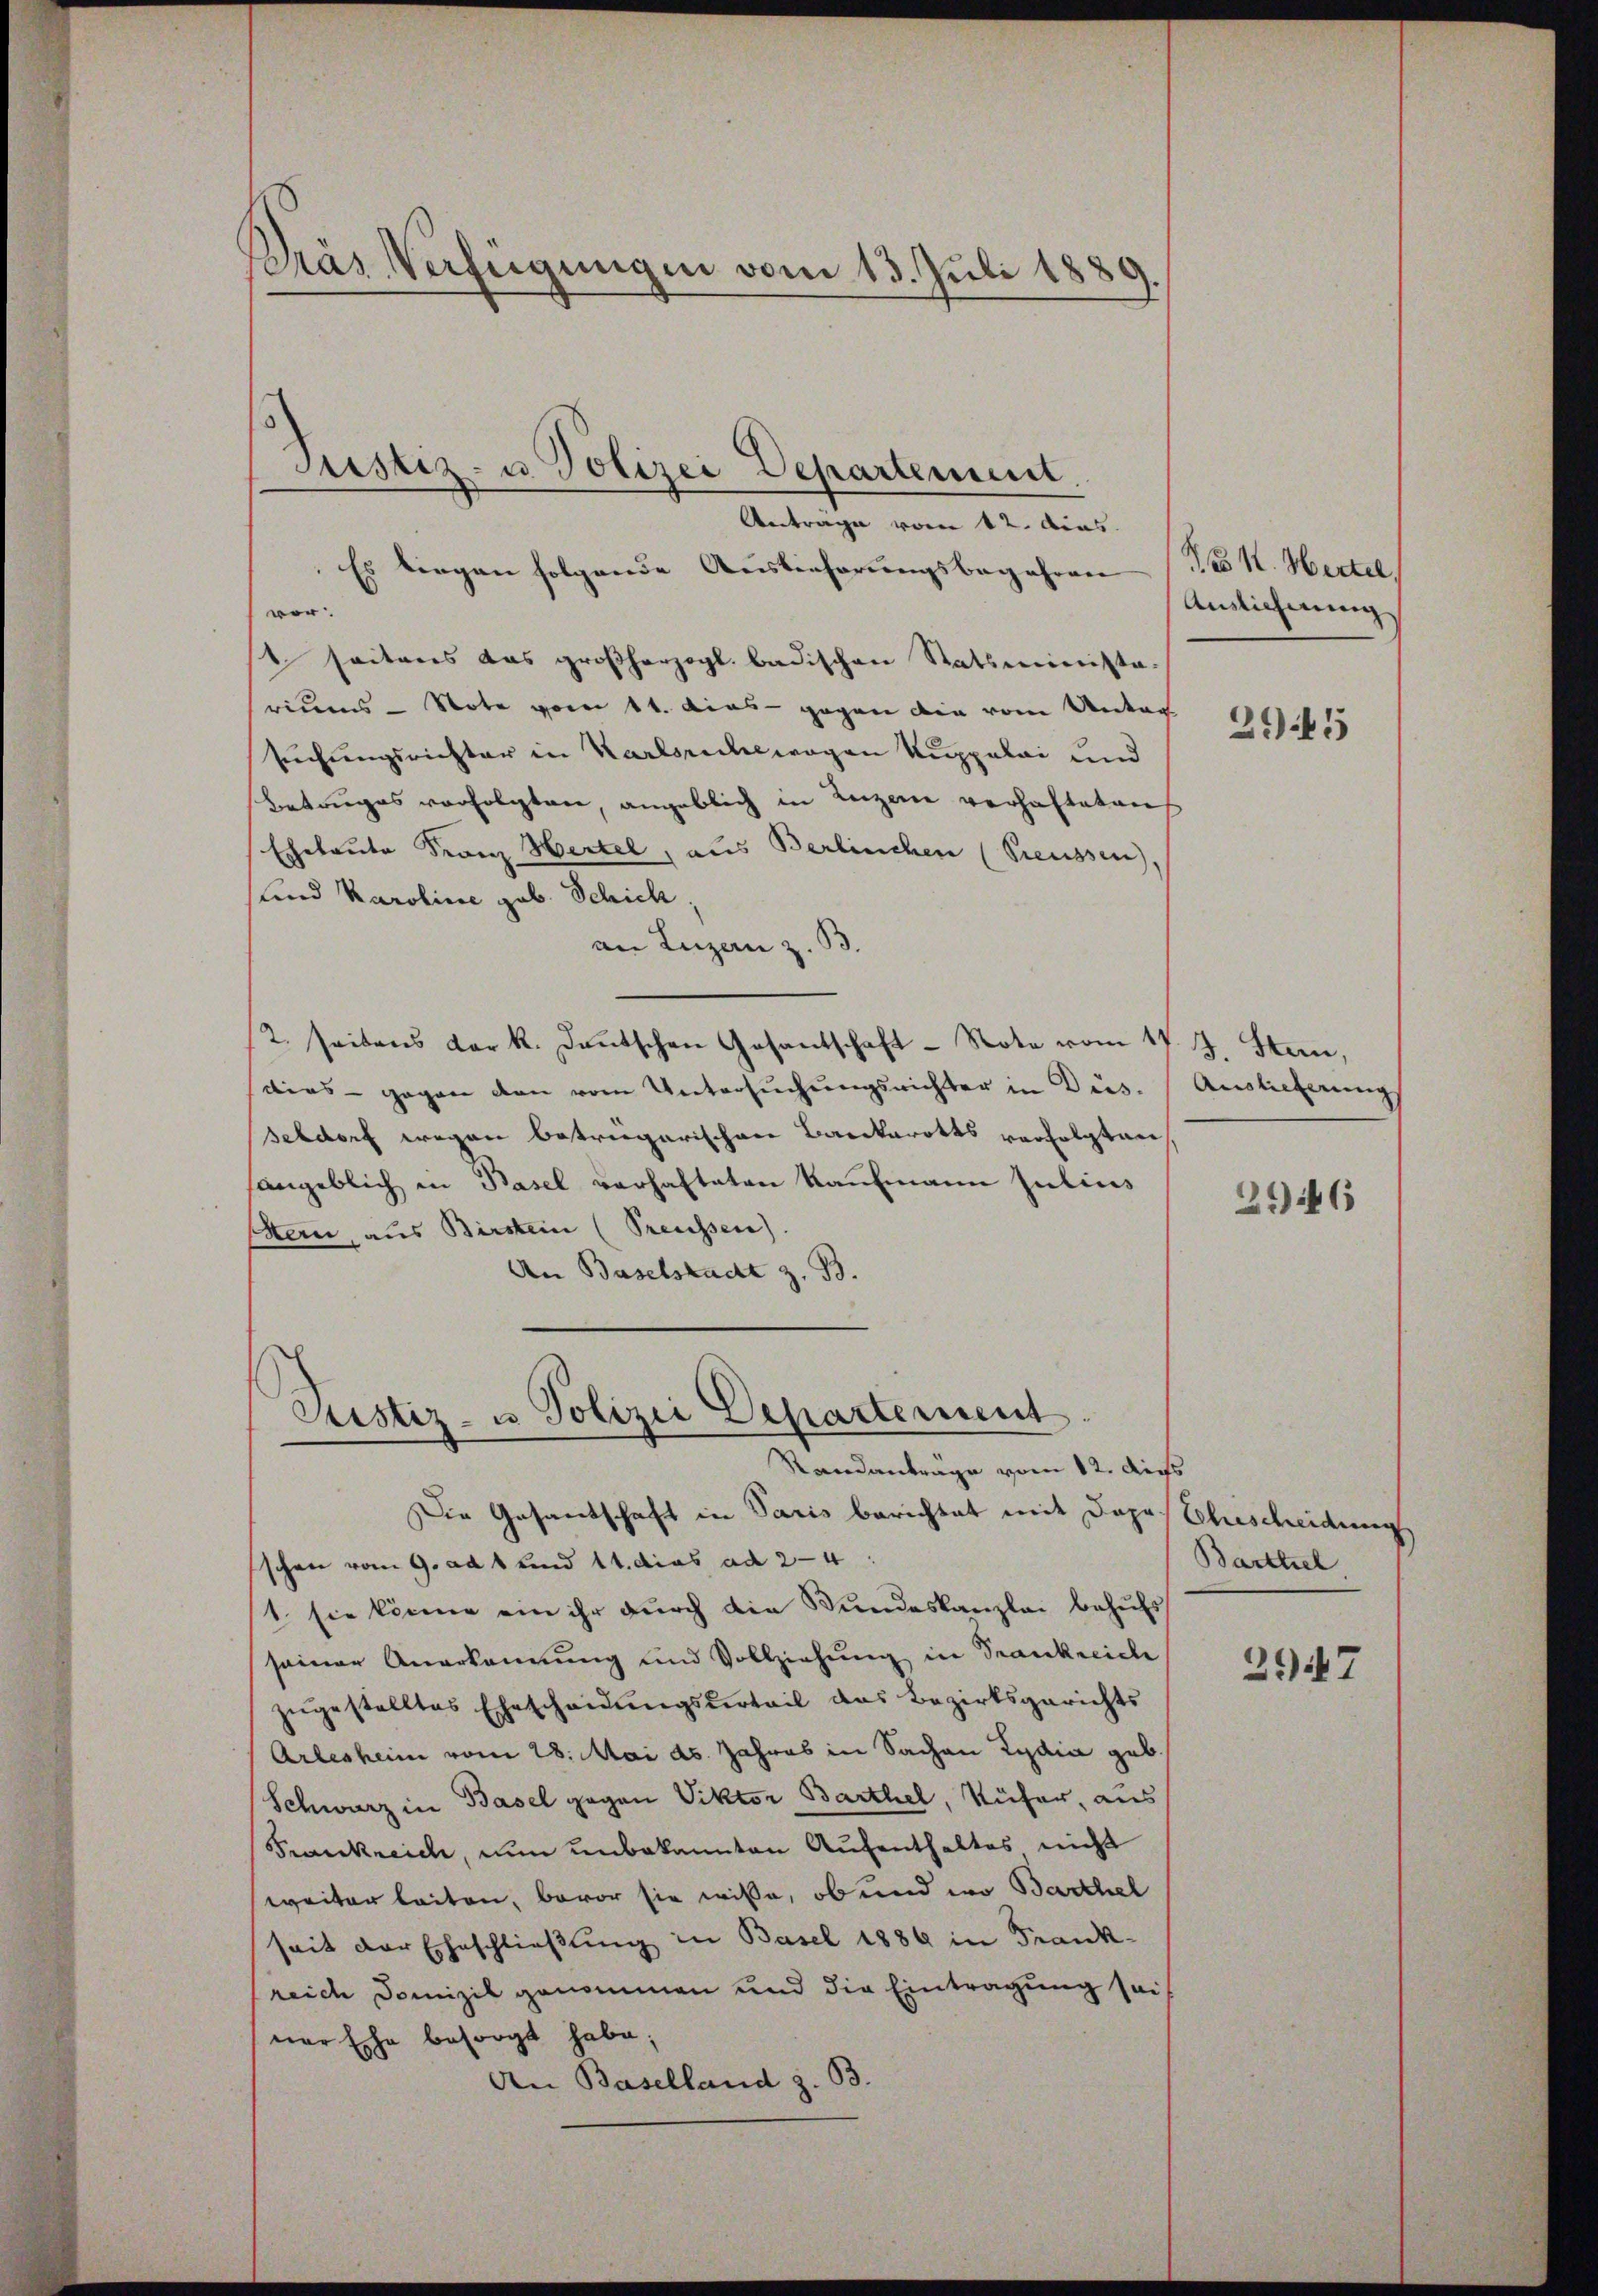
Dras Verfügungen vom 13. Juli 1889

Es liegen folgende Auslieferungsbegehren (Pro K. Hertel,
ver.
1 seitens das großherzogl. badischen Statsminista
riums - Note vom 11. dies - gegen die vom Untag
suchungsrichter in Karlsrechewogen Kuppalai und
Betruges verfolgten, angeblich in Luzern verhalteten
Eheleute Franz Hertel, aus Berlinchen (Preussen),
und Karoline geb. Schick,
an Luzern z. B.
/2. seitens der k. Dantschen Gesantschaft - Note vom 11. J. Stan,
aies gegen den vom Untersŭchŭngsrichter in Dus. Auslieferung
seldorf wegen betriegarischen Barkarotts verfolgten
sangeblich in Basel verhalteten Kaufmann Julius
Stern, aus Birstein (Preussen).
An Baselstadt z. B.

Justiz- u. Polizei Departement.
Anträge vom 12. Ains.

Justiz- u Polizei Departement.
Randanträge vom 12. Aufs

Die Gesandschaft in Paris berichtet mit Dages Ehescheidung
schon vom 9. ad 1 und 14. dies ad 24
1. sie könne ein ihr durch die Bundeskanzlei behufs
seiner Anerkennung und Vollziehung in Trankreiche
zŭgestelltes Ehescheidungsvertail das Bezirksgerichts
Arlesheim vom 28. Mai ds. Jahres in Sachen Lydia geb.
Schwarz in Basel gegen Viktor Barthel, Küfer, aus
Frankreich, nun unbekannten Aufenthaltes nicht
weiter leiten, bevor sie wisse, ob und wo Barthel
seit der Eheschließung in Basel 1889 in Frank-
reich Domizil genommen und die Eintragung seiner Ehe besorgt habe,
An Baselland z. 33.

Ainlichnung

2945

29446

Barttiel

2947